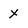
Character: X